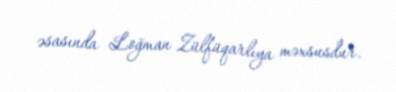
əsasında Loğman Zülfüqarlıya məxsusdur.